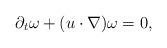
LaTeX: \begin{align*}\partial_t \omega + (u\cdot \nabla)\omega=0,\end{align*}